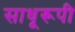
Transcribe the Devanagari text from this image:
साधूरूपी